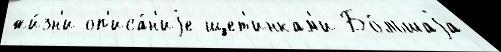
жи́зн'и оп'иса́н'иjе щет'инкам'и Бо́льшаjа